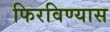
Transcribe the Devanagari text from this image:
फिरविण्यास